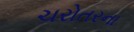
ચરોતરના